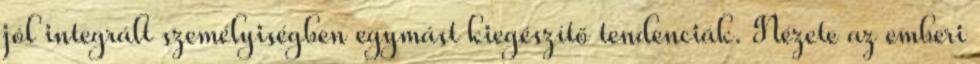
jól integrált személyiségben egymást kiegészítő tendenciák. Nézete az emberi